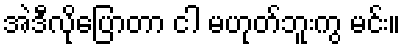
အဲဒီလိုပြောတာ ငါ မဟုတ်ဘူးကွ မင်း။